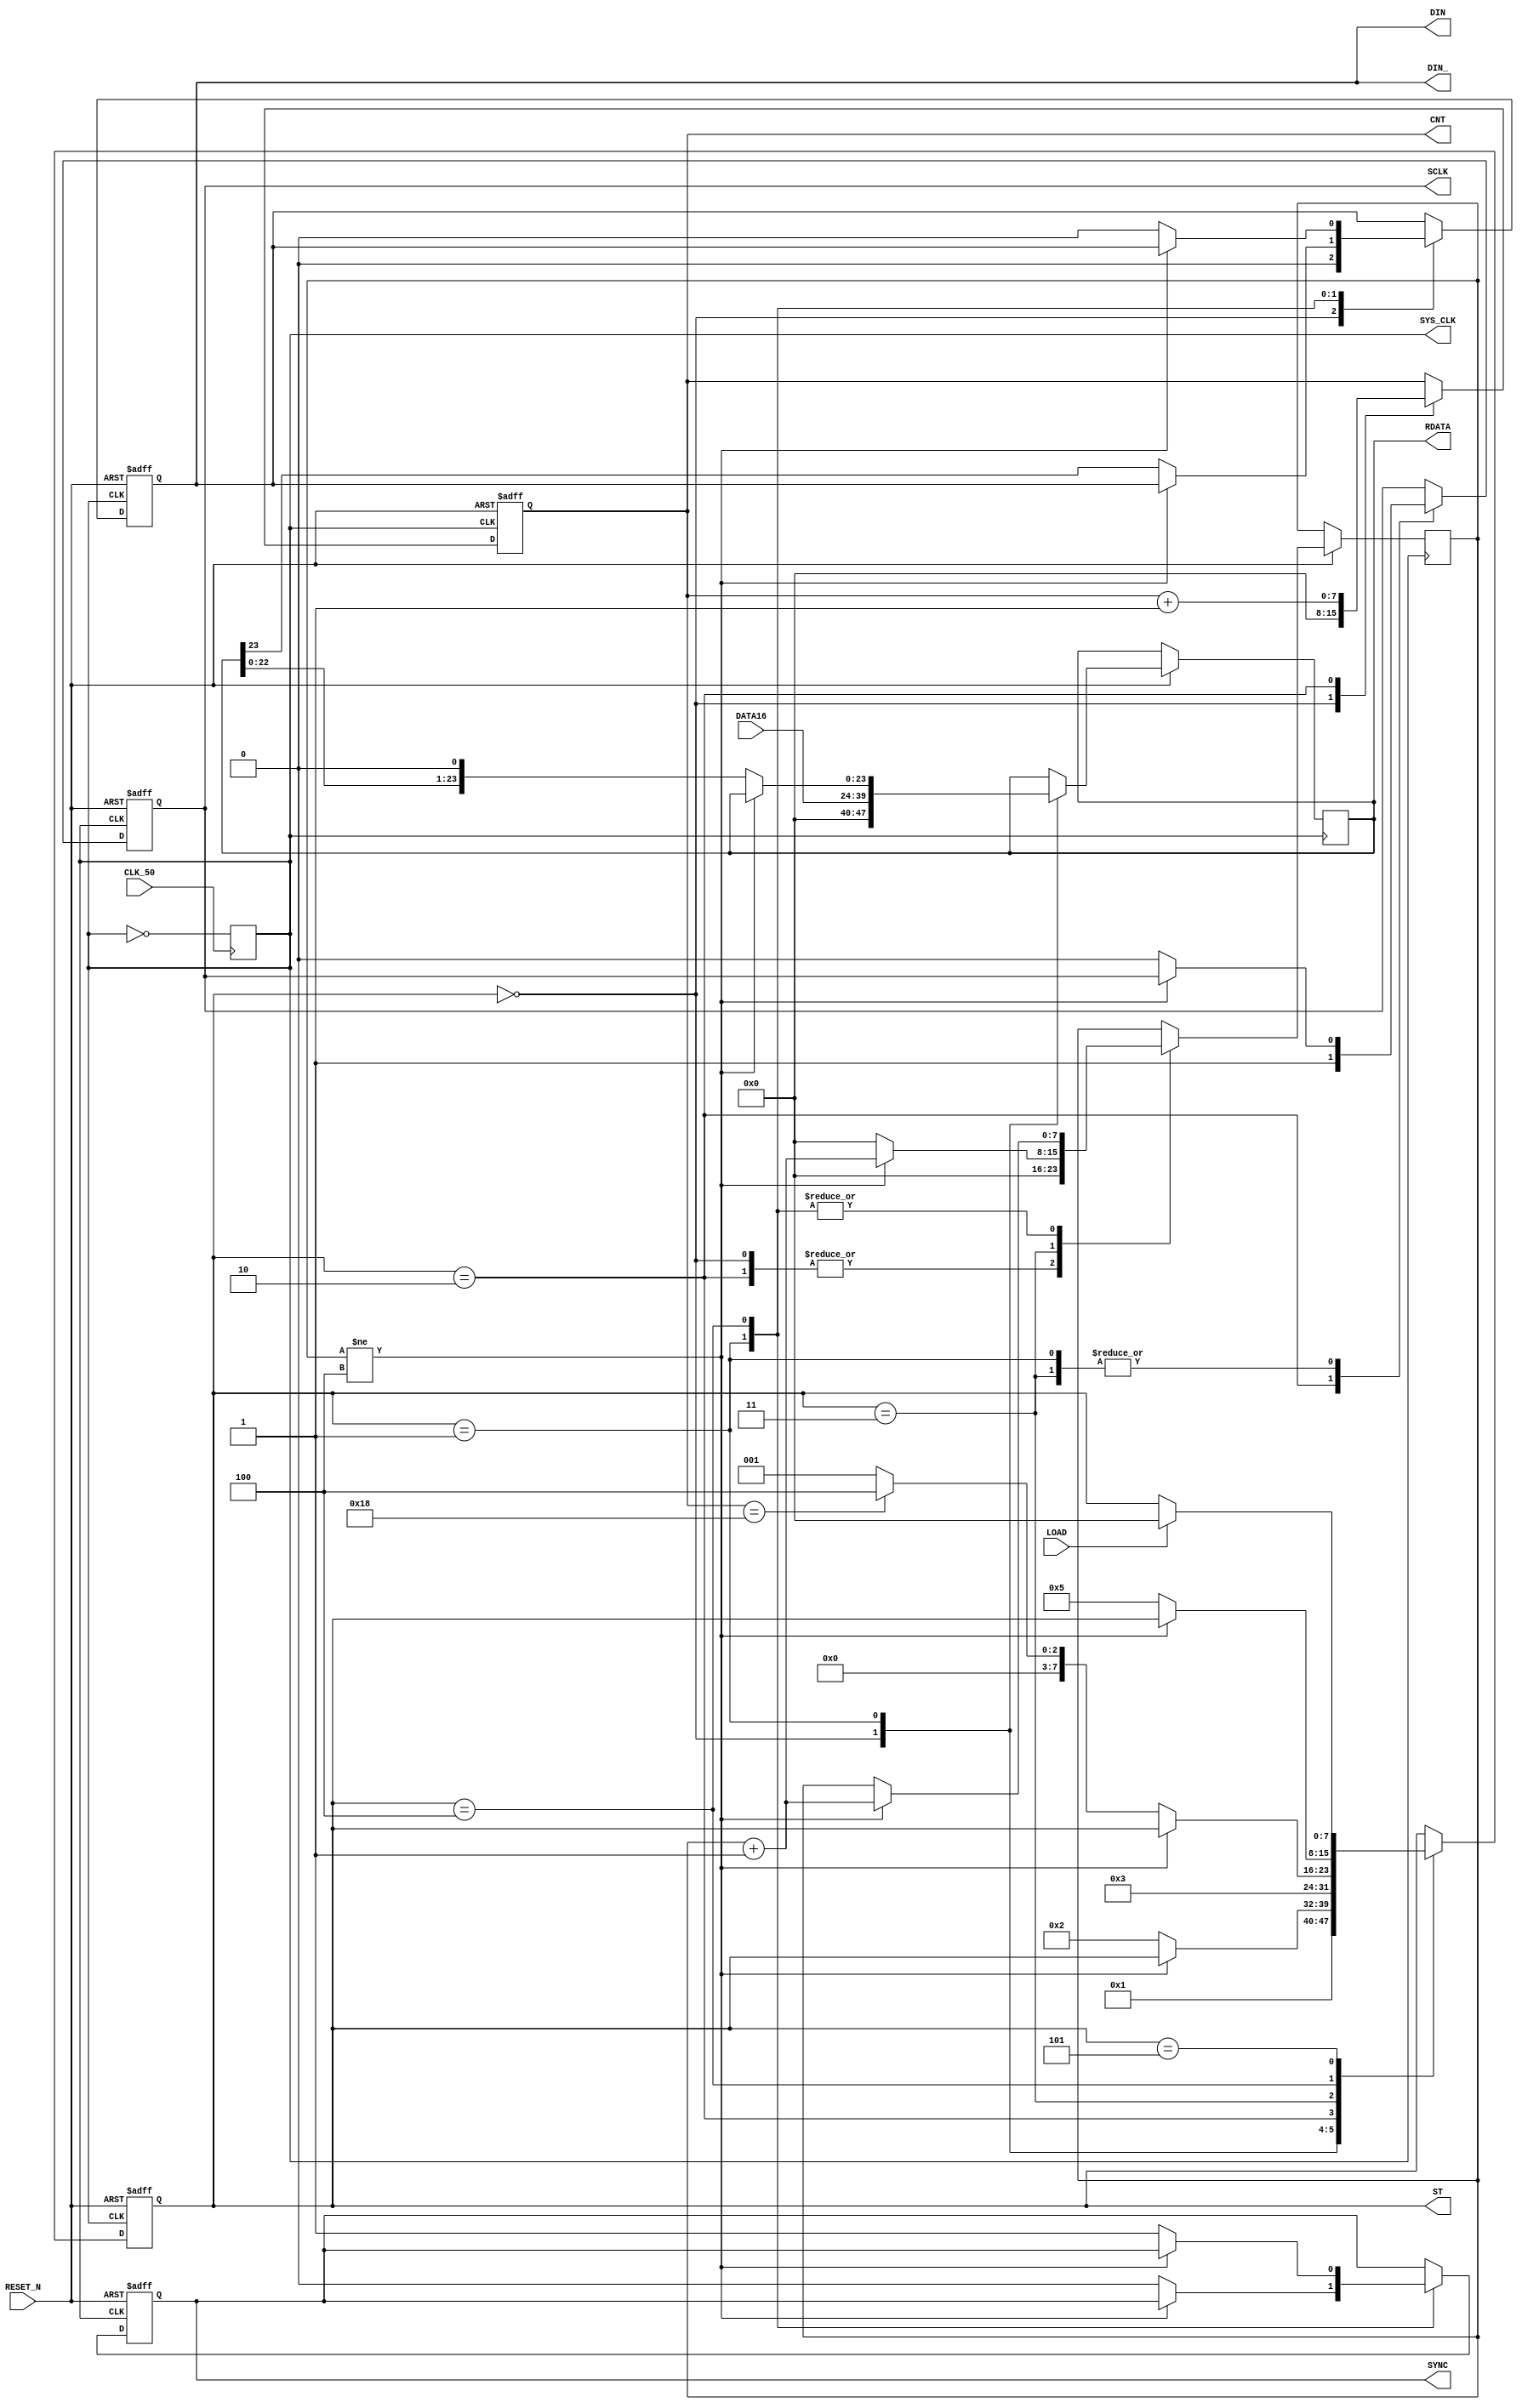
module  DAC16  (
 input LOAD , 
 input RESET_N , 
 input CLK_50 , 
 input [15:0] DATA16 ,
 output reg SYNC ,
 output reg SCLK,
 output reg DIN ,
 
 //--test
 output reg SYS_CLK  ,  
 output reg [7:0]ST  ,
 output reg [7:0]CNT ,
 
 output reg  [23:0] RDATA ,
 output DIN_  
 
 );
 
 parameter TIM  =  4;// 
 reg [7:0]DELAY ; 
 //-- 25MHZ --

 always @( posedge CLK_50 ) SYS_CLK <=~SYS_CLK ; 
 
 assign  DIN_ = DIN ;  
 
 //--FSM--
 
 always @( negedge RESET_N or posedge SYS_CLK  )begin
 if ( !RESET_N) begin 
   ST<=0;
	SYNC  <=1; 
	SCLK  <=0;  
	DIN   <=0 ;  	 
	CNT   <=0; 
  end
 else begin 
  case (ST)
  0: begin 
     { DIN , RDATA[23:0] }   <= {  9'h0, DATA16[15:0]  } ;
	  	CNT   <=0; 
      ST<=1 ;  
		DELAY<=0; 
  end
  1: begin 
      if ( DELAY != TIM ) DELAY<=DELAY+1 ;  
		else
		begin 
      SCLK  <=0;
      { DIN , RDATA[23:0] }   <= { RDATA[23:0] ,1'b0 } ;	  
	   SYNC  <=0; 
	   ST<= 2; 
		end
		
  end
  2: begin 
      SCLK  <=1;	  
	   CNT   <=CNT+1; 
	   ST<= 3; 
		DELAY<=0; 
   end
  3: begin 
     if ( DELAY != TIM ) DELAY<=DELAY+1 ; 
	  else
	  begin 
		SCLK  <=0;	  
		DELAY <=0;		
		if  ( CNT==24) begin   ST<=4  ;  end 
		else  ST<=1 ;  

	  end
  end
  4: begin 
       if ( DELAY != TIM ) DELAY<=DELAY+1 ; 
	  else
	  begin 

     ST<=5 ;  	
	  SYNC  <=1; 
	  DIN   <=0 ;
	  end 
  end  
  5: begin 
     if ( LOAD )   ST<=0 ;  
  end  
  
  endcase 
 
  end
 end
 
 endmodule